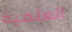
العلمية